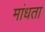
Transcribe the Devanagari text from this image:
मांधता